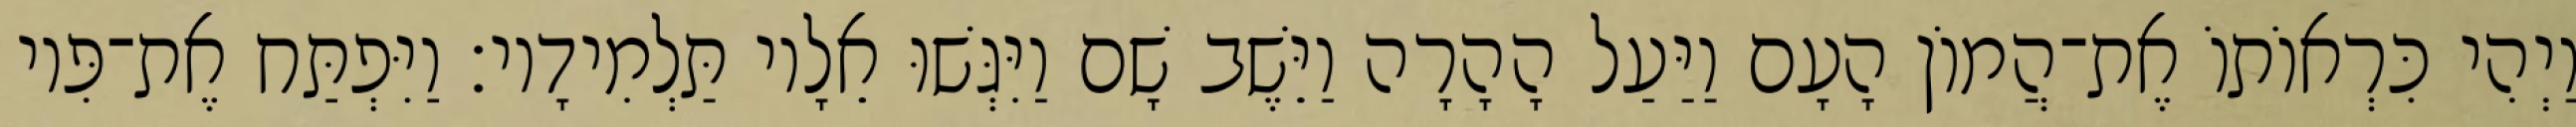
וַיְהִי כִּרְאוֹתוֹ אֶת־הֲמוֹן הָעָם וַיַּעַל הָהָרָה וַיֵּשֶׁב שָׁם וַיִּגְּשׁוּ אֵלָיו תַּלְמִידָיו׃ וַיִּפְתַּח אֶת־פִּיו